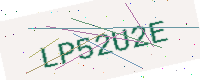
Text: LP52U2E